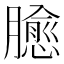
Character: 𱢻